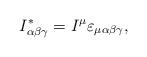
LaTeX: \begin{align*} I_{\alpha\beta\gamma}^\ast=I^\mu \varepsilon_{\mu\alpha\beta\gamma},\end{align*}